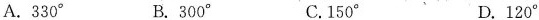
A.330^ { \circ } B.300^ { \circ } C.150^ { \circ } D.120^ { \circ }